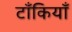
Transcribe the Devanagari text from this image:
टाँकियाँ